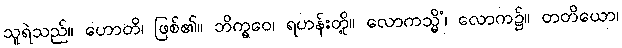
သူရဲသည်။ ဟောတိ၊ ဖြစ်၏။ ဘိက္ခဝေ၊ ရဟန်းတို့။ လောကသ္မိံ၊ လောက၌။ တတိယော၊